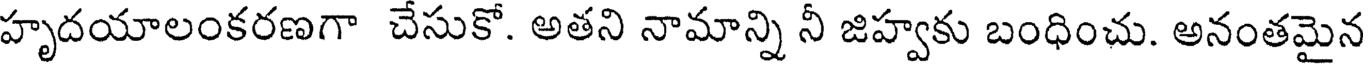
హృదయాలంకరణగా చేసుకో. అతని నామాన్ని నీ జిహ్వకు బంధించు. అనంతమైన